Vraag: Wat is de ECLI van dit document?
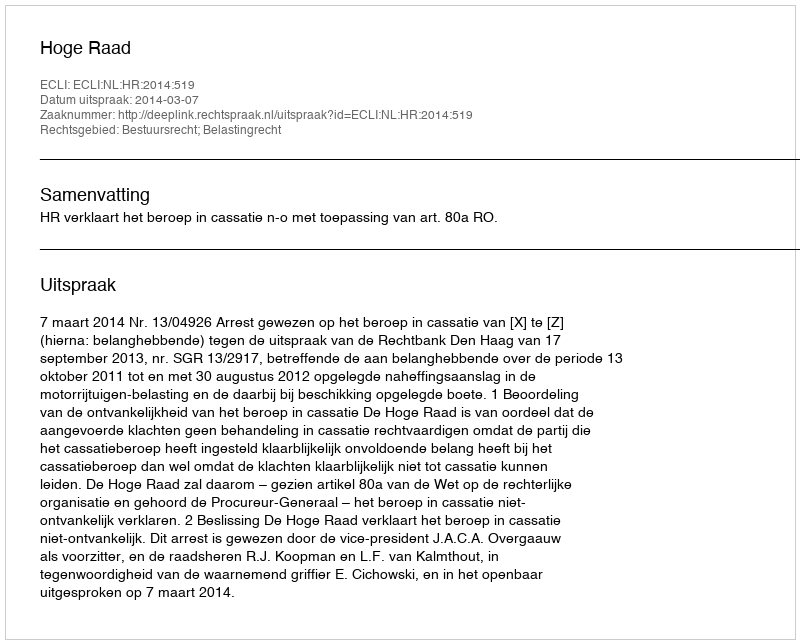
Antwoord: ECLI:NL:HR:2014:519